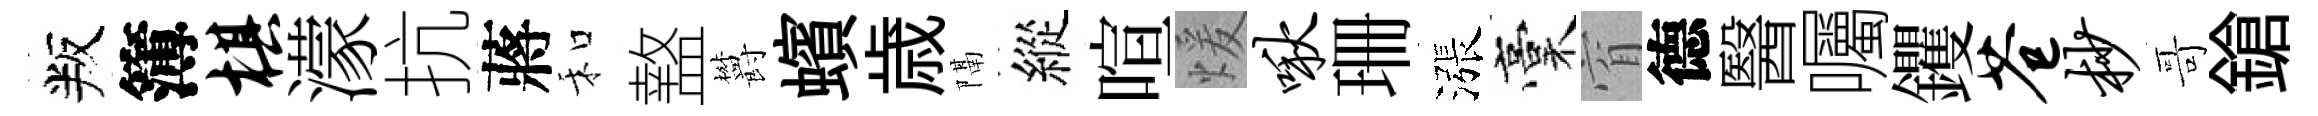
叛簿棋濛抗蔣和盩欝蠙歳隔縱喧煖啾珊漲稾窅德醫囑钁苍杪哥鎗